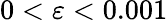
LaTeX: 0<\varepsilon<0.001